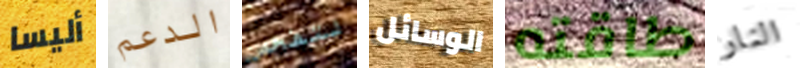
أليسا الدعم لتفحص الوسائل طاقته النار